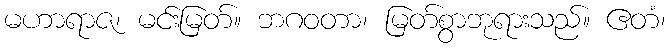
မဟာရာဇ၊ မင်းမြတ်။ ဘဂဝတာ၊ မြတ်စွာဘုရားသည်။ ဧတံ၊